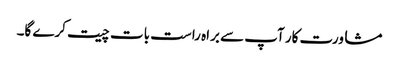
مشاورت کار آپ سے براہ راست بات چیت کرے گا۔